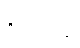
တောင့်